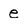
Character: e